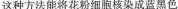
这种方法能将花粉细胞核染成蓝黑色